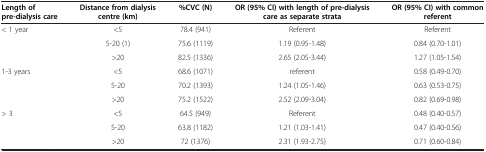
<table><thead><tr><td><b>Length of pre-dialysis care</b></td><td><b>Distance from dialysis centre (km)</b></td><td><b>%CVC (N)</b></td><td><b>OR (95% CI) with length of pre-dialysis care as separate strata</b></td><td><b>OR (95% CI) with common referent</b></td></tr></thead><tbody><tr><td rowspan="3">&lt; 1 year</td><td>&lt;5</td><td>78.4 (941)</td><td>Referent</td><td>Referent</td></tr><tr><td>5-20 (1)</td><td>75.6 (1119)</td><td>1.19 (0.95-1.48)</td><td>0.84 (0.70-1.01)</td></tr><tr><td>&gt;20</td><td>82.5 (1336)</td><td>2.65 (2.05-3.44)</td><td>1.27 (1.05-1.54)</td></tr><tr><td rowspan="3">1-3 years</td><td>&lt;5</td><td>68.6 (1071)</td><td>referent</td><td>0.58 (0.49-0.70)</td></tr><tr><td>5-20</td><td>70.2 (1393)</td><td>1.24 (1.05-1.46)</td><td>0.63 (0.53-0.75)</td></tr><tr><td>&gt;20</td><td>75.2 (1522)</td><td>2.52 (2.09-3.04)</td><td>0.82 (0.69-0.98)</td></tr><tr><td rowspan="3">&gt; 3</td><td>&lt;5</td><td>64.5 (949)</td><td>Referent</td><td>0.48 (0.40-0.57)</td></tr><tr><td>5-20</td><td>63.8 (1182)</td><td>1.21 (1.03-1.41)</td><td>0.47 (0.40-0.56)</td></tr><tr><td>&gt;20</td><td>72 (1376)</td><td>2.31 (1.93-2.75)</td><td>0.71 (0.60-0.84)</td></tr></tbody></table>